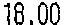
18.00